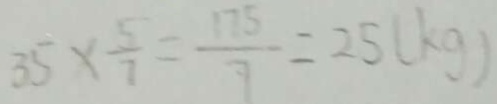
3 5 \times \frac { 5 } { 7 } = \frac { 1 7 5 } { 7 } = 2 5 ( k g )